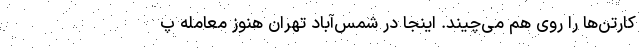
کارتن‌ها را روی هم می‌چیند. اینجا در شمس‌آباد تهران هنوز معامله پ